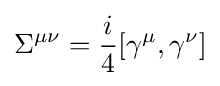
\Sigma ^{\mu \nu }={\frac {i}{4}}[\gamma ^{\mu },\gamma ^{\nu }]